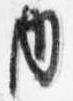
内